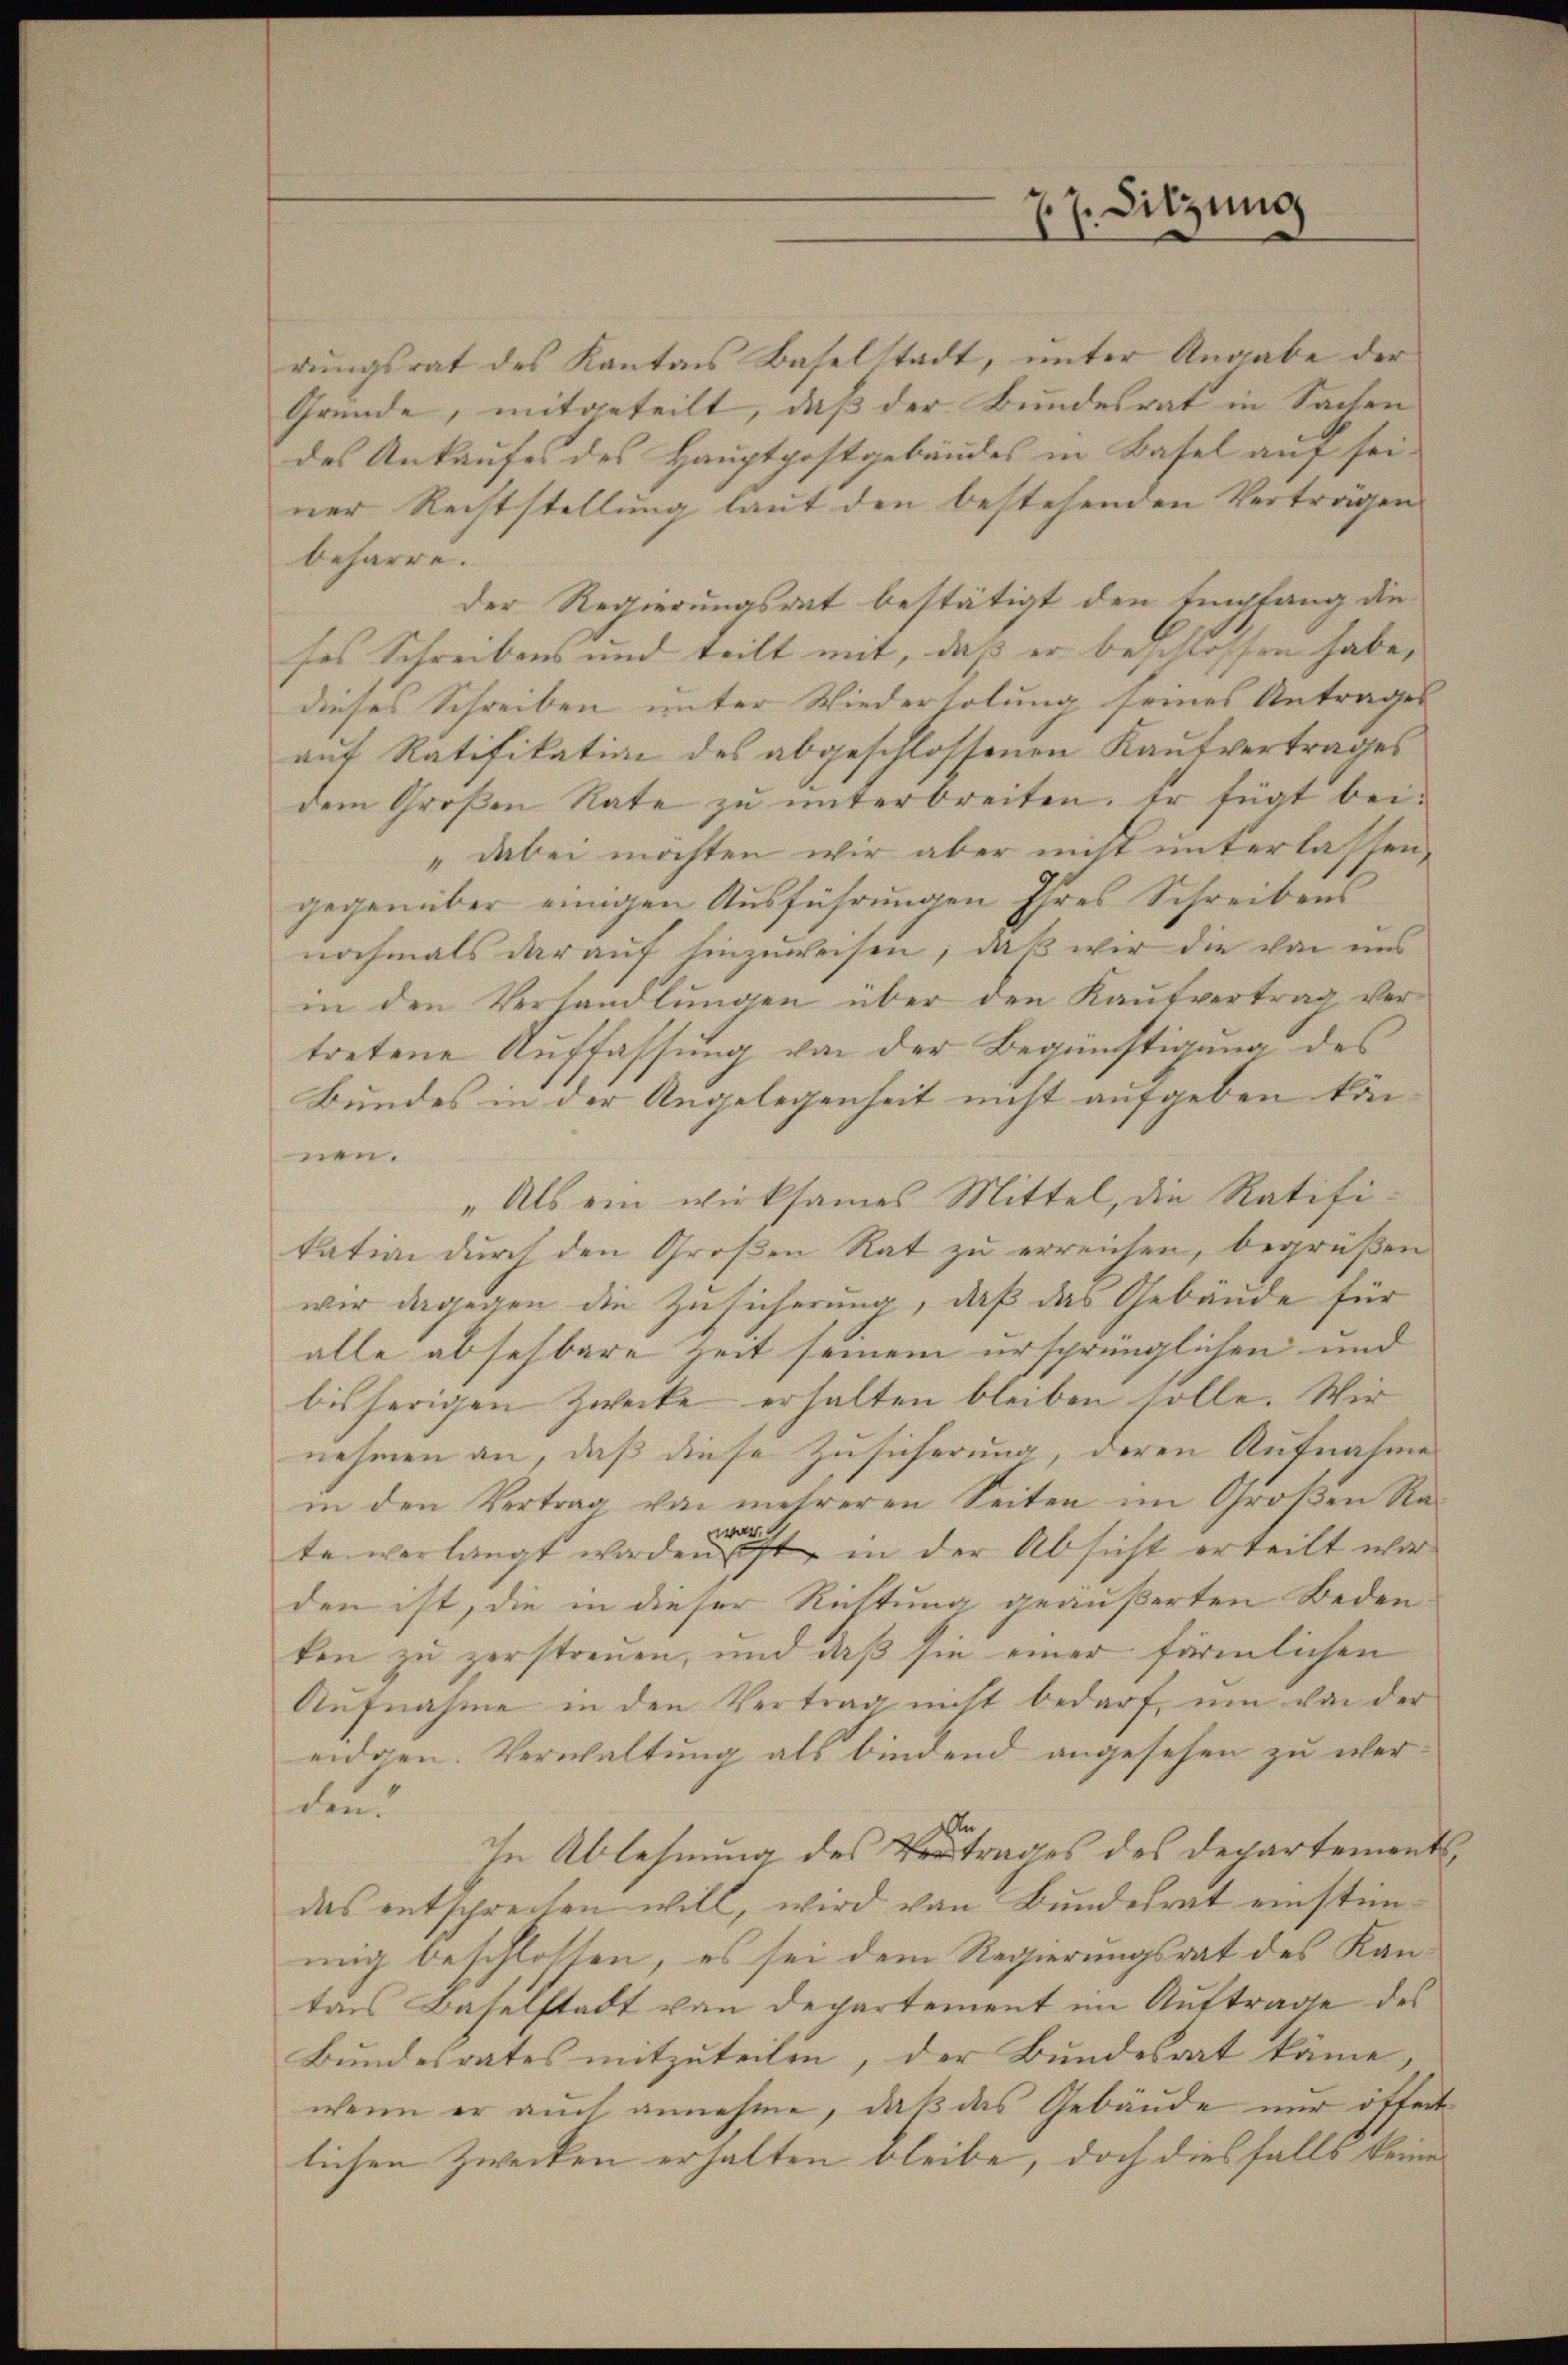
rungsrat des Kantons Baselstadt, unter Angabe der
Gründe, mitgeteilt, daß der Bundesrat in Sachen
des Ankaufes des Hauptpostgebäudes in Basel auf sei-
ner Rechtstellung laut den bestehenden Verträgen
beharre.
der Regierungsrat bestätigt den Empfang die
ses Schreibens und teilt mit, daß er beschlossen habe,
dieses Schreiben unter Wiederholung seines Antrages
auf Ratifikation des abgeschlossenen Kaufvertrages
dem Großen Rate zu unterbreiten. Er fügt bei¬
"dabei möchten wir aber nicht unterlassen,
gegenüber einigen Ausführungen Ihres Schreibens
nochmals darauf hinzuweisen, daß wir die von uns
in den Verhandlungen über den Kaufvertrag vertretene Auffassung von der Begünstigung des
Bundes in der Angelegenheit nicht aufgeben können.
„Als ein wirksames Mittel, die Ratifitation dŭrch den Groβen Rat zŭ erreichen, begrüβen
wir dagegen die Zusicherung, daß das Gebäude für
alle absehbare zeit seinem ursprünglichen und
bisherigen Zwecke erhalten bleiben solle. Wir
nehmen an, daß diese Zusicherung, deren Aufnahmes
in den Vertrag von mehreren Seiten im Großen Ra
war
te verlangt worden ist, in der Absicht erteilt war
den ist, die in dieser Richtung geäußerten Bedeu-
ken zu zerstreuen, und daß sie einer förmlichen
Aufnahme in den Vertrag nicht bedarf, um von der
eidgen. Verwaltung als bindend angesehen zu wer
den
An
In Ablehnung des Vertrages des Departements,
das entschrechen will, wird von Bundesrat einstimmig beschlossen, es sei dem Regierungsrat des Kantars Baselstadt von Departement im Auftrage des
Bundesrates mitzuteilen, der Bundesrat käme
wenn er auch annehme, daß das Gebäude nur öffent
lichen Zwecken erhalten bleibe, doch diesfalls keine

27. Sitzung